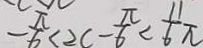
- \frac { \pi } { 6 } < 2 c - \frac { \pi } { 6 } < \frac { 1 1 } { 6 } \pi